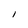
Character: l